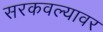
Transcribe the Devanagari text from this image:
सरकवल्यावर